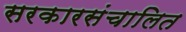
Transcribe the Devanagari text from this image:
सरकारसंचालित